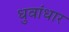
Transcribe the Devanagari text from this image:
धुवांधार